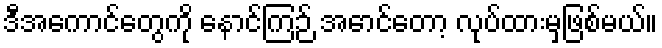
ဒီအကောင်တွေကို နောင်ကြဉ် အောင်တော့ လုပ်ထားမှဖြစ်မယ်။